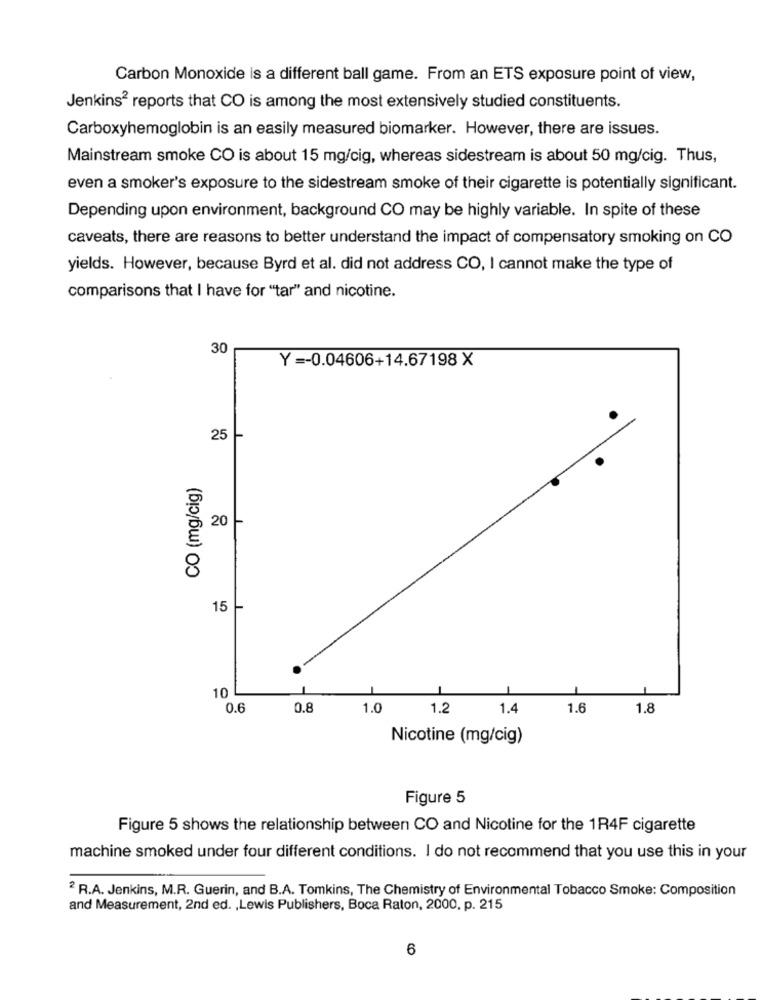
Carbon Monoxide is a different ball game. From an ETS exposure point of view,
Jenkins2 reports that CO is among the most extensively studied constituents.
Carboxyhemoglobin is an easily measured biomarker. However, there are issues.
Mainstream smoke CO is about 15 mg/cig, whereas sidestream is about 50 mg/cig. Thus,
even a smoker's exposure to the sidestream smoke of their cigarette is potentially significant.
Depending upon environment, background CO may be highly variable. In spite of these
caveats, there are reasons to better understand the impact of compensatory smoking on CO
yields. However, because Byrd et al. did not address CO, I cannot make the type of
comparisons that I have for "tar" and nicotine.
30
Y =- 0.04606+14.67198 X
25
CO (mg/cig)
20
15
10
0.6
0.8
1.0
1.2
1.4
1.6
1.8
Nicotine (mg/cig)
Figure 5
Figure 5 shows the relationship between CO and Nicotine for the 1R4F cigarette
machine smoked under four different conditions. I do not recommend that you use this in your
2 R.A. Jenkins, M.R. Guerin, and B.A. Tomkins, The Chemistry of Environmental Tobacco Smoke: Composition
and Measurement, 2nd ed. , Lewis Publishers, Boca Raton, 2000, p. 215
6